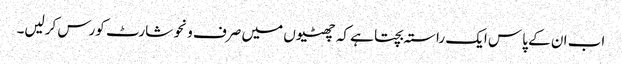
اب ان کے پاس ایک راستہ بچتا ہے کہ چھٹیوں میں صرف ونحو شارٹ کورس کرلیں۔